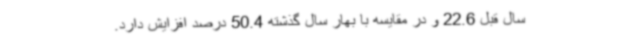
سال قبل 22.6 و در مقایسه با بهار سال گذشته 50.4 درصد افزایش دارد.